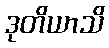
ဒုတိယာသိ